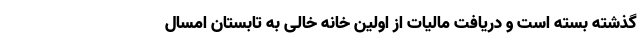
گذشته بسته است و دریافت مالیات از اولین خانه خالی به تابستان امسال